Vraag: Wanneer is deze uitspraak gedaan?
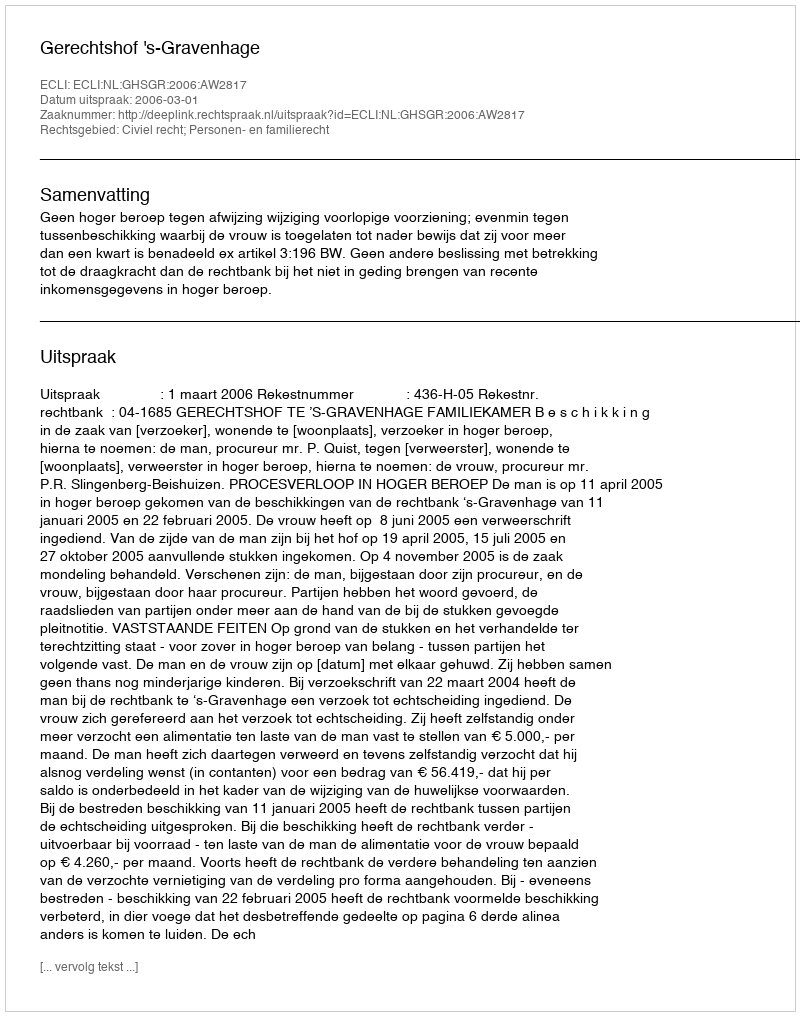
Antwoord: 2006-03-01